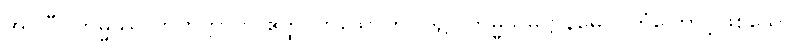
အပ်ပြီ။ ကမ္မဿ ကတတ္တာတိ ဧတ္ထ၊ ဟူသောဤပုဒ်၌။ ကမ္မသမုဋ္ဌာနမေဝ၊ ကံကြောင့်ဖြစ်သော